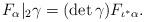
LaTeX: \begin{align*}F_\alpha|_2\gamma=(\det\gamma)F_{\iota^*\alpha}.\end{align*}